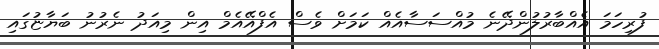
ފުރިހަމަ އެއްބާރުލުންދޭނެ މުއްސަސާއެއް ކަމަށް ވެސް އެފްއޭއެމް އިން މިއަދު ނެރުނު ބަޔާޏުގައި